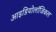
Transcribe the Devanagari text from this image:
आइडियोलॉजिकल